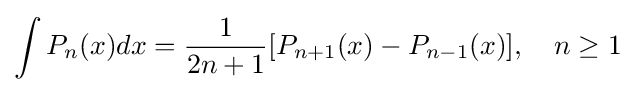
\int P_{n}(x)dx={\frac {1}{2n+1}}[P_{n+1}(x)-P_{n-1}(x)],\quad n\geq 1